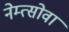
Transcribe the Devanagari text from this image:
नेम्त्सोवा